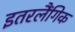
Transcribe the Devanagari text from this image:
इतरलैंगिक